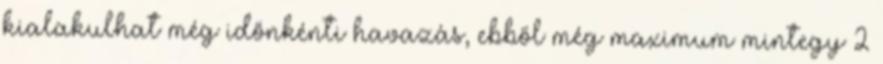
kialakulhat még időnkénti havazás, ebből még maximum mintegy 2